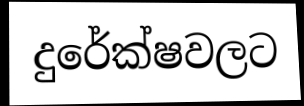
දුරේක්ෂවලට